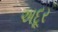
અદૂર